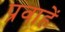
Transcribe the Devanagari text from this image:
प्रवाहें